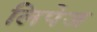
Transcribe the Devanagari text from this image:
लिपेज